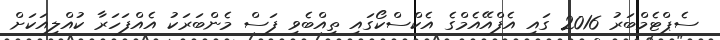
ސެޕްޓެމްބަރު 2016 ގައި އެފްއޭއެމްގެ އެކްސްކޯގައި ތިއްބެވި ފަސް މެންބަރަކު އެއްފަހަރާ ކުއްލިއަކަށް